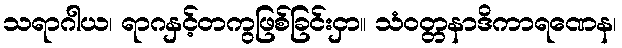
သရာဂါယ၊ ရာဂနှင့်တကွဖြစ်ခြင်းငှာ။ သံဝတ္တနာဒိကာရဏေန၊